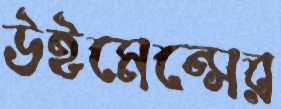
উইমেন্সের